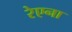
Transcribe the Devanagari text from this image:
रेएना